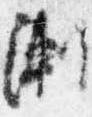
漸